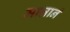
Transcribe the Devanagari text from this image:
मान्नानं